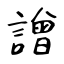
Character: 譄